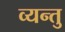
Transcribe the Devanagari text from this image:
व्यन्तु